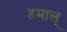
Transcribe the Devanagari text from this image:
हमाल्